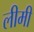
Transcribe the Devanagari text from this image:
लीमी